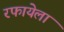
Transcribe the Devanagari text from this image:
रफायेला